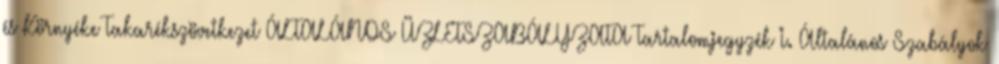
és Környéke Takarékszövetkezet ÁLTALÁNOS ÜZLETSZABÁLYZATA Tartalomjegyzék I. Általános Szabályok